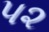
પ૨